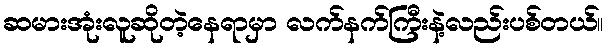
ဆမားအုံးလူဆိုတဲ့နေရာမှာ လက်နက်ကြီးနဲ့လည်းပစ်တယ်။